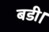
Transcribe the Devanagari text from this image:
बडी।